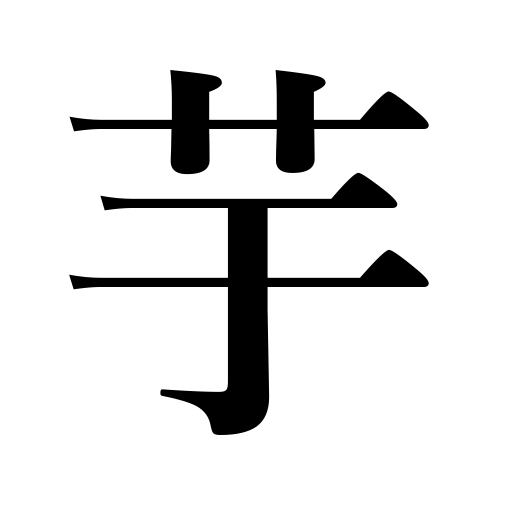
Meanings: potato